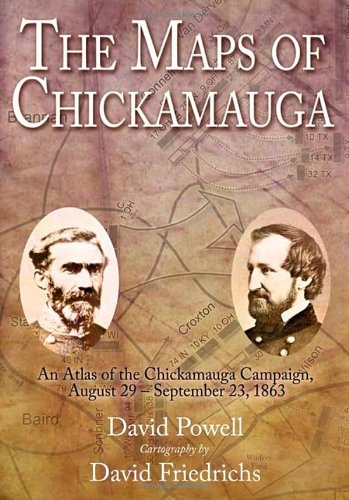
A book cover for The Maps of Chickamauga: An Atlas of the Chickamauga Campaign, Including the Tullahoma Operations, June 22 - September 23, 1863; David Powell; Reference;